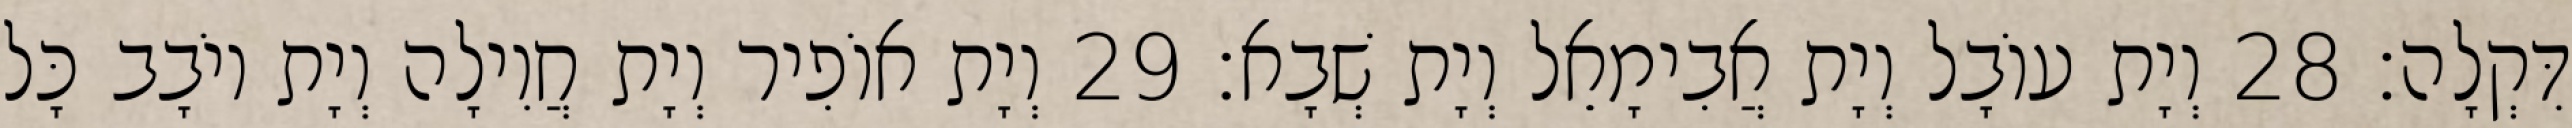
דִּקְלָה׃ 28 וְיָת עוֹבָל וְיָת אֲבִימָאֵל וְיָת שְׁבָא׃ 29 וְיָת אוֹפִיר וְיָת חֲוִילָה וְיָת יוֹבָב כָּל